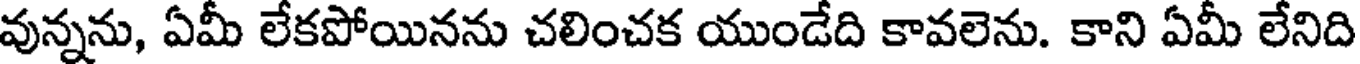
వున్నను, ఏమీ లేకపోయినను చలించక యుండేది కావలెను. కాని ఏమీ లేనిది